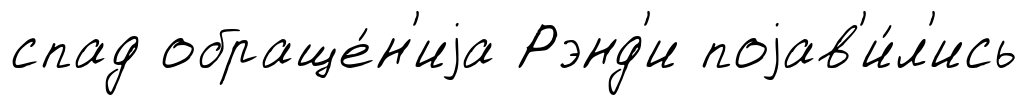
спад обраще́н'иjа Рэнд'и поjав'и́л'ись